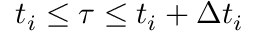
t _ { i } \le \tau \le t _ { i } + \Delta t _ { i }